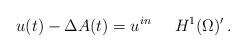
LaTeX: \begin{align*}u(t) - \Delta A(t) = u^{in} \;\;\;\;\; H^1(\Omega)'\,. \end{align*}